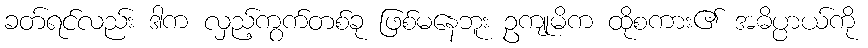
ခတ်ရင်လည်း ဒါက လှည့်ကွက်တစ်ခု ဖြစ်မနေဘူး ဥကျုမိက ထိုစကား၏ အဓိပ္ပာယ်ကို